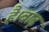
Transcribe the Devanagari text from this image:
है।बाढ़